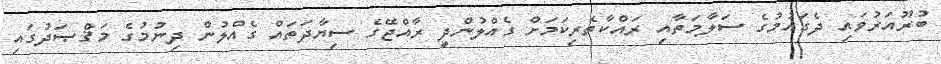
ބުރޫއަރުވައި ދެގައުމުގެ ސަލާމަތާއި ރައްކާތެރިކަމަށް ގެއްލުންދީ ރާއްޖޭގެ ސިޔާދަތައް ގެއްލުން ދިނުމުގެ މަޤްޞަދުގައި